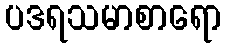
ပဒရသမာစာရော